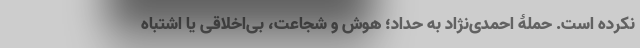
نکرده است. حملۀ احمدی‌نژاد به حداد؛ هوش و شجاعت، بی‌اخلاقی یا اشتباه